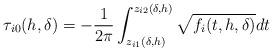
LaTeX: \begin{align*}\tau_{i0}(h,\delta)=-\frac{1}{2\pi}\int_{z_{i1}(\delta,h)}^{z_{i2}(\delta,h)}\sqrt{f_{i}(t,h,\delta)}dt\end{align*}